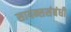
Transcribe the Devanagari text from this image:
सायन्ससंबंधी